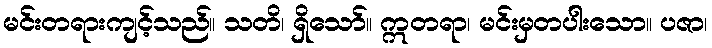
မင်းတရားကျင့်သည်။ သတိ၊ ရှိသော်။ ဣတရာ၊ မင်းမှတပါးသော။ ပဇာ၊